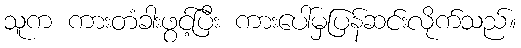
သူက ကားတံခါးဖွင့်ပြီး ကားပေါ်မှပြန်ဆင်းလိုက်သည်။